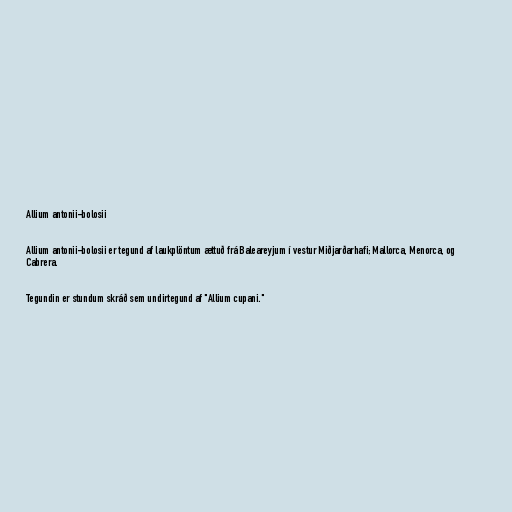
Allium antonii-bolosii

Allium antonii-bolosii er tegund af laukplöntum ættuð frá Baleareyjum í vestur Miðjarðarhafi; Mallorca, Menorca, og
Cabrera.

Tegundin er stundum skráð sem undirtegund af "Allium cupani."